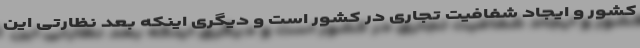
کشور و ایجاد شفافیت تجاری در کشور است و دیگری اینکه بعد نظارتی این